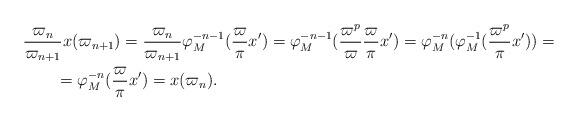
LaTeX: \begin{align*}&\frac{\varpi_n}{\varpi_{n+1}} x(\varpi_{n+1}) = \frac{\varpi_n}{\varpi_{n+1}} \varphi_M^{-n-1}(\frac\varpi\pi x') = \varphi_M^{-n-1}(\frac{\varpi^p}{\varpi} \frac\varpi\pi x') = \varphi_M^{-n}(\varphi_M^{-1}(\frac{\varpi^p}\pi x')) =\\&\qquad= \varphi_M^{-n}(\frac\varpi\pi x') = x(\varpi_n).\end{align*}